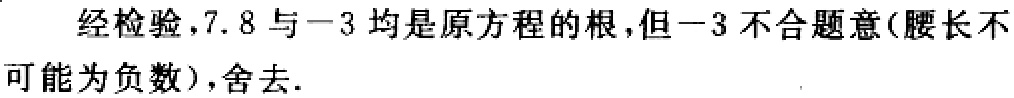
经检验，$7.8$与$-3$均是原方程的根，但$-3$不合题意(腰长不可能为负数)，舍去.